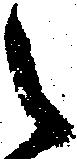
之